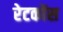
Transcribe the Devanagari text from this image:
रेटकोंस